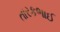
તારકભાઈ